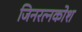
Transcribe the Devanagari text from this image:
जिनरत्नकोश